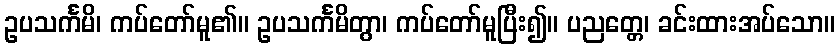
ဥပသင်္ကမိ၊ ကပ်တော်မူ၏။ ဥပသင်္ကမိတွာ၊ ကပ်တော်မူပြီး၍။ ပညတ္တေ၊ ခင်းထားအပ်သော။